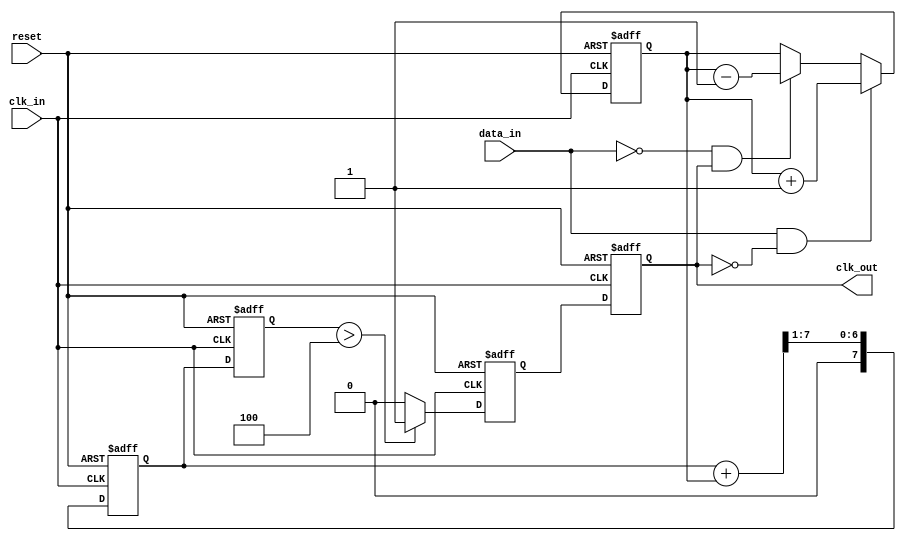
module ClockRecoveryPLL (
    input wire clk_in,         // Input data clock
    input wire data_in,        // Input data signal
    input wire reset,          // Asynchronous reset
    output reg clk_out         // Output recovered clock
);

// Parameters
parameter PD_WIDTH = 8;      // Phase Detector width
parameter LPF_WIDTH = 8;      // Low Pass Filter width
parameter VCO_WIDTH = 8;      // VCO control voltage width
parameter DIVIDER = 2;        // Frequency divider (optional)

// Internal signals
reg [PD_WIDTH-1:0] phase_error;    // Phase error from Phase Detector
reg [LPF_WIDTH-1:0] lpf_output;     // Low Pass Filter output
reg [VCO_WIDTH-1:0] vco_control;    // Control signal for VCO
reg [VCO_WIDTH-1:0] vco_output;      // Voltage-Controlled Oscillator output
reg [3:0] counter;                  // Clock divider counter
reg clk_div;                        // Divided clock signal

// Phase Detector (PD)
always @(posedge clk_in or posedge reset) begin
    if (reset) begin
        phase_error <= 0;
    end else begin
        if (data_in && !clk_out) begin
            phase_error <= phase_error + 1;  // Data rising edge detected
        end else if (!data_in && clk_out) begin
            phase_error <= phase_error - 1;  // Clock rising edge detected
        end
    end
end

// Low Pass Filter (LPF)
always @(posedge clk_in or posedge reset) begin
    if (reset) begin
        lpf_output <= 0;
    end else begin
        lpf_output <= (lpf_output + phase_error) >> 1; // Simple averaging filter
    end
end

// Voltage-Controlled Oscillator (VCO)
always @(posedge clk_in or posedge reset) begin
    if (reset) begin
        vco_control <= 0;
        vco_output <= 0;
    end else begin
        vco_control <= lpf_output;
        // Simulate VCO Output operation: adjust the clock output based on control signal
        // For demonstration, we assume that a higher control voltage results in a higher frequency
        if (vco_control > (VCO_WIDTH / 2)) begin
            vco_output <= 1; // High
        end else begin
            vco_output <= 0; // Low
        end
    end
end

// Clock Divider (optional)
always @(posedge clk_in or posedge reset) begin
    if (reset) begin
        counter <= 0;
        clk_div <= 0;
    end else begin
        if (counter == DIVIDER - 1) begin
            counter <= 0;
            clk_div <= ~clk_div; // Toggle divided clock
        end else begin
            counter <= counter + 1;
        end
    end
end

// Output clock generation
always @(posedge clk_in or posedge reset) begin
    if (reset) begin
        clk_out <= 0;
    end else begin
        clk_out <= vco_output; // Control output clock with VCO output
    end
end

endmodule